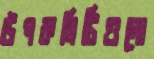
উপকমিটিগুলো